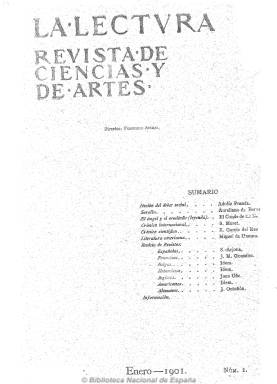
Título: La Lectura (Madrid)
Otros títulos: Lectvra
Colección: Cultura
Ámbito geográfico: Madrid
Lugar de publicación: Madrid
Fechas: 01/01/1901-30/09/1920

Con el subtítulo “revista de ciencias y de artes”, es fundada y dirigida por el escritor y periodista Francisco López Acebal –conocido como Francisco Acebal (1866-1933)-, personaje muy ligado a la Institución Libre de Enseñanza y que llegará a ser nombrado, en 1907, vicesecretario de la Junta para la Ampliación de Estudios e Investigaciones Científicas. Se trata de una publicación de “alta cultura”, con orientación liberal, a juicio de Seoane y Sáiz (1996). Aunque tuvo “grandes pretensiones intelectuales”, nunca fue “demasiado comprometida o combativa, ni ideológica ni estéticamente”, a tenor de lo que señala Ceima Valero (1991). Para las citadas Seoane y Sáiz, fue menos cosmopolita que la otra revista de altos vuelos culturales de la época como La España moderna (1889-1914) o la posterior Revista de occidente (1923), estando centrada en los temas literarios y artísticos, pero también políticos, a los que trataba “con profundidad y rigor”, además de con seriedad y objetividad. Sus páginas estuvieron abiertas a la promoción de unos autores, como los de la Generación del 98, y llevará a cabo una interesante actividad receptora y difusora de la cultura extranjera y española, respectivamente.

Aparecía en la segunda decena de cada mes, en cuadernillos en torno al centenar de páginas, compuestas a una o dos columnas y con algunos fotograbados. Su primera entrega es la de enero de 1901, y estará publicándose ininterrumpidamente cuatro lustros, hasta diciembre de 1920, siendo por tanto una revista, que siendo cultural, científica y literaria, tuvo una prolongada vida, aunque su difusión no debió sobrepasar los mil ejemplares de tirada, si se atiene a la estadística oficial de ese año. En sus páginas dio también cabida a la inserción de publicidad, especialmente la dedicada a anunciar las obras de la editorial homónima, que también fundó Acebal en 1910 y que estuvo en funcionamiento hasta 1935.

Además de artículos, estudios y ensayos de diversas materias y la publicación de textos de creación literaria (en prosa y en verso), la revista se estructura en secciones dedicadas especialmente a la crítica literaria y bibliográfica, aunque asimismo tendrá otras, como la dedicada a la música. Entre estas secciones, a cargo de redactores o colaboradores fijos, se encuentra la de Notas bibliográficas, dedicada a la crítica de obras literarias, especialmente de narrativa, tanto españolas como extranjeras, que a partir de 1903 se subdividirá en dos nuevas secciones: El libro del mes y Otros libros, ampliando su campo de análisis a obras de historia, el derecho, la antropología o la sociología. La crítica literaria contemporánea que se ejercerá en la revista será considerada de gran interés por Ceima Valero (1991). Será una crítica de autores sobre las obras de otros autores. Así, Ramiro de Maeztu escribirá sobre la de Miguel de Unamuno, éste sobre la de Amado Nervo, Antonio Palomero sobre la de Pío Baroja, Gregorio Martínez Sierra sobre la de Juan Ramón Jiménez, o Zeda sobre la de Vicente Blasco Ibáñez, También habrá críticas a obras publicadas por el mismo Martínez Sierra, Jorge Novales, Salvador Rueda o Rubén Darío.

La sección Revista de revistas estará a cargo de diversos autores, aunque el más constante fue Julián Juderías (1877-1918), que hará las recensiones de las revistas rusas y será el redactor redactor-jefe de la revista hasta su fallecimiento ; Sánchez-Arjona se encargará de las revistas españolas; Arturo Frontini, E. Serrano Fatigati o Luis de Terán, de las italianas; José María González, de las francesas; J. Ontañón, de las alemanas; C. Schemendling, de las noruegas y escandinavas; y Juan Uña, de las inglesas y norteamericanas. Pero también prestará atención a revistas holandesas, suizas y belgas.

La sección Revista musical, estará a cargo sobre todo de Félix Borrell y Tomás Bretón. También habrá espacio para la crítica artística, como la dedicada a los pintores Joaquín Sorolla y Santiago Rusiñol o a la Exposición de Bellas Artes de 1901. Asimismo, José Ramón Mélida y Vicente Lampérez escribirán artículos sobre historia del arte. En una sección denominada Información se ofrecen noticias breves sobre exposiciones, museos o libros nuevos.

Constata Ceima Valero (1991) que la asepsia fue la nota más característica a la hora de afrontar las cuestiones políticas en la revista, que fueron planteadas especialmente en una sección bajo el epígrafe Crónica internacional, que al principio había sido encomendada a Segismundo Moret.  Al respecto, en sus páginas serán tratadas cuestiones como el clericalismo o el nacionalismo, y al catalán le dedica casi toda su entrega de enero de 1902, en la que se publican trabajos sobre este asunto de Francisco Silvela, Gumersindo de Azcárate, Juan Maragall o José Sánchez Guerra.

Adolfo Posada será el autor de unos artículos sobre cuestiones sociales y de sociología en una sección que lleva el título La sociología en los libros y en las revistas; mientras que Vicente Vera ofrece información de viajes, expediciones, descubrimientos o inventos en otra sección bajo el epígrafe El mundo y los hombres. También cuenta con una sección titulada Crónica científica.

El espacio dedicado a textos de creación literaria será limitado. Aún así, entre los autores de estos aparecen los nombres de Pío Baroja, José Martínez Ruiz (Azorín), Miguel de Unamuno, Emilia Pardo Bazán, Blanca de los Ríos, José Nogales, Manuel Bueno o Tomás Carretero. También son incluidos otros de José María Eça de Queiroz, Antón Chejov, Mark Twain o A. Strindberg. Será más escaso el dedicado a la poesía, con versos de Enrique Díez Canedo, Eduardo Marquina o Gregorio Martínez Sierra, entre otros; mientras que el teatral tendrá la autoría de Jacinto Benavente.

Además de los ya citados Posada, Benavente o Pardo Bazán, entre los autores de otros textos  de la revista se encuentran los nombres de Leopoldo Alas (Clarín), Juan Valera, Rafael Altamira,  Ramón Menéndez Pidal, Santiago Ramón y Cajal, José Ortega y Gasset, Eduardo García del Real, Francisco Navarro Ledesma, Francisco Luis de Zulueta, Jacinto Octavio Picón, Antonio Espina o Antonio Machado. Entre otros artículos, aparecen los dedicados a historia literaria española, la literatura rusa o el movimiento literario catalán, la idea social de Zola, un estudio crítico de Verdi, sobre ópera, teatro, derecho internacional, los sepulcros españoles medievales, el problema de las órdenes religiosas en España, la cuestión de Marruecos o de la guerra anglo-boer o una excursión al Valle de El Paular.

Cofundador, propietario y administrador de la revista fue el catedrático de Derecho civil Felipe Clemente de Velasco. En los últimos números aparece como redactor-jefe el pedagogo y político Domingo Barnés (1879-1940), considerado inspirador de la editorial La Lectura C. de Velasco y Cía, creadora además de las célebres colecciones Clásicos castellanos y Cuadernos literarios. La colección de La Lectura la forman tomos semestrales el primer año, para después ser cuatrimestrales, con índices de materias y de autores cada uno. Absorbió a la revista Renacimiento, que comenzó a publicar Gregorio Martínez Sierra en marzo de 1907, después de que ésta editara diez números. Bibliografía de referencia sobre la revista y Francisco Acebal son los estudios, entre otros, de Luis S. Granjel (1973), Roca Franquesa (1975), Marco García (1989, 1996 y 2000) o Quintana Trias (1999), éste último sobre los trabajos publicados en la revista por Joan Maragall entre 1902 y 1910.